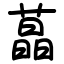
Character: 蕌